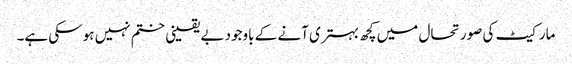
مارکیٹ کی صورتحال میں کچھ بہتری آنے کے باوجود بے یقینی ختم نہیں ہوسکی ہے۔